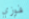
فوزي